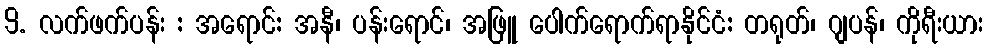
9. လက်ဖက်ပန်း : အရောင်: အနီ၊ ပန်းရောင်၊ အဖြူ ပေါက်ရောက်ရာနိုင်ငံ: တရုတ်၊ ဂျပန်၊ ကိုရီးယား